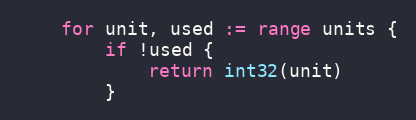
Language: Go
	for unit, used := range units {
		if !used {
			return int32(unit)
		}